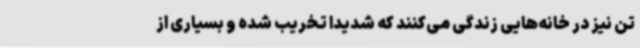
تن نیز در خانه‌هایی زندگی می‌کنند که شدیداً تخریب شده و بسیاری از